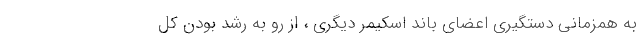
به همزمانی دستگیری اعضای باند اسکیمر دیگری ، از رو به رشد بودن کل